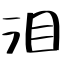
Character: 泪